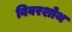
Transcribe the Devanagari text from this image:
विवरशोथ